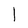
Character: l